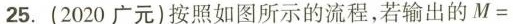
25. (2020 广元)按照如图所示的流程，若输出的M=